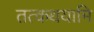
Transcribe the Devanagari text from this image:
तत्कथयामि